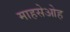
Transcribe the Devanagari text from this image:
माहसेओह